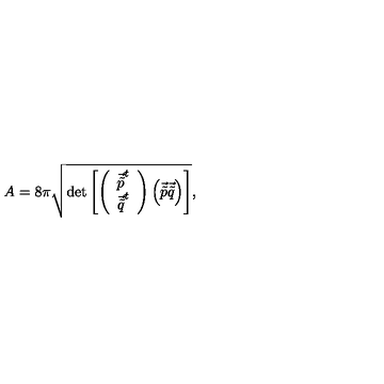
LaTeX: A = 8 \pi \sqrt { \mathrm { d e t } \left[ \left( \begin{array} { c } { \vec { \tilde { p } } ^ { t } } \\ { \vec { \tilde { q } } ^ { t } } \\ \end{array} \right) \left( \vec { \tilde { p } } \vec { \tilde { q } } \right) \right] } ,